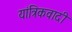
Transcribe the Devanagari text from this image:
यांत्रिकवादी